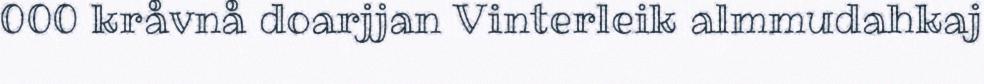
000 kråvnå doarjjan Vinterleik almmudahkaj